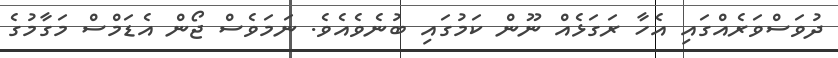
ދުވަސްވަރެއްގައި އެހާ ރަގަޅެއް ނޫން ކަމުގައި ބުނެވެއެވެ. ނަމަވެސް ޖޯން އެޑަމްސް މަގާމުގެ